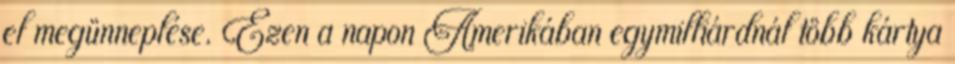
el megünneplése. Ezen a napon Amerikában egymilliárdnál több kártya